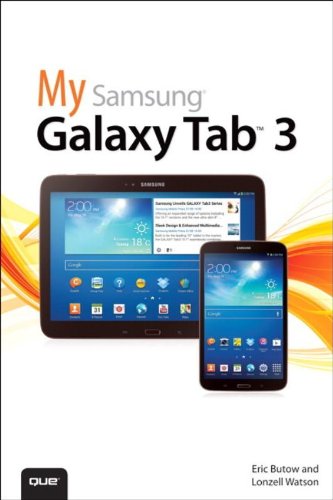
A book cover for My Samsung Galaxy Tab 3; Eric Butow; Computers & Technology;